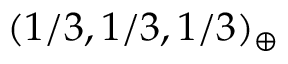
( 1 / 3 , 1 / 3 , 1 / 3 ) _ { \oplus }